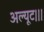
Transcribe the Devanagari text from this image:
अल्यूट।।।